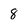
Character: 8